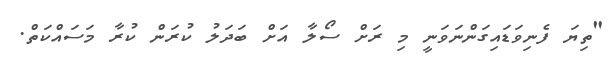
"ތިޔަ ފެނިވަޑައިގަންނަވަނީ މި ރަށް ސޯލާ އަށް ބަދަލު ކުރަން ކުރާ މަސައްކަތް.